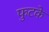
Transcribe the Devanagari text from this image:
फुटके